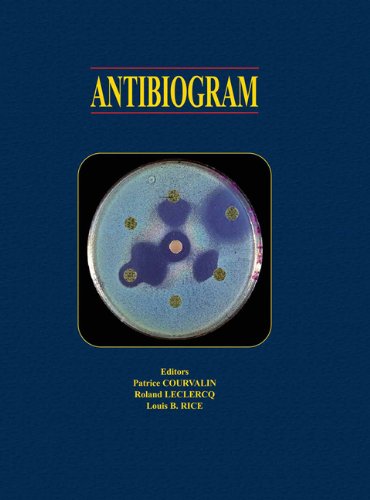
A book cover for Antibiogram; Medical Books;